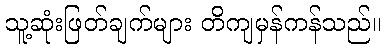
သူ့ဆုံးဖြတ်ချက်များ တိကျမှန်ကန်သည်။